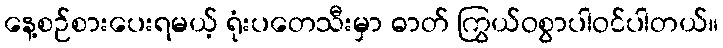
နေ့စဉ်စားပေးရမယ့် ရုံးပတေသီးမှာ ဓာတ် ကြွယ်ဝစွာပါဝင်ပါတယ်။